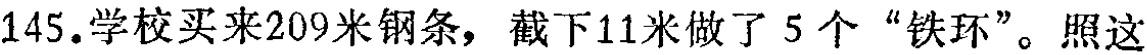
145.学校买来209米钢条，截下11米做了5个“铁环”。照这